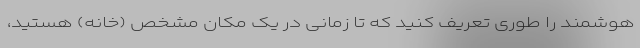
هوشمند را طوری تعریف کنید که تا زمانی در یک مکان مشخص (خانه) هستید،